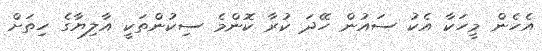
އެހެން މީހަކާ އެކު ސައުން ހޭދަ ކުރާ ކޮންމެ ސިކުންތަކީ އާލިޔާގެ ހިތަށް